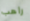
راهب